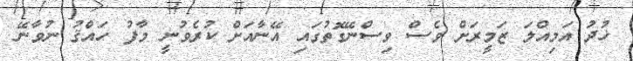
ޚުދު އަމިއްލަ ޒަމީރަށް ވެސް ވިސްނޭގޮތުގައި އޭނާއަށް ކުރެވުނީ މާފު ހައްޤު ނުވާނޭ